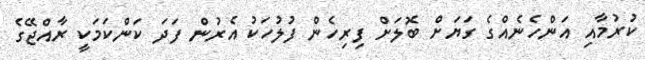
ކުރުމާއި އަންހެނެއްގެ ގަޔަށް ބޮލަށް ފިރިހެން ފުލުހަކު އެރުން ފަދަ ކަންކަމަކީ ރާއްޖޭގެ